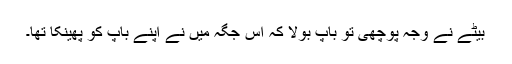
بیٹے نے وجہ پوچھی تو باپ بولا کہ اس جگہ میں نے اپنے باپ کو پھینکا تھا۔